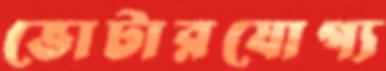
ভোটারযোগ্য